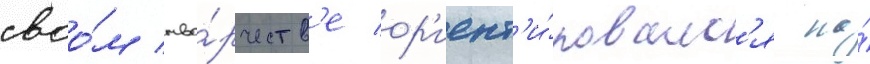
своо́м тво́рчеств'е ор'иент'и́ровалс'я на́